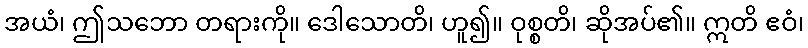
အယံ၊ ဤသဘော တရားကို။ ဒေါသောတိ၊ ဟူ၍။ ဝုစ္စတိ၊ ဆိုအပ်၏။ ဣတိ ဧဝံ၊